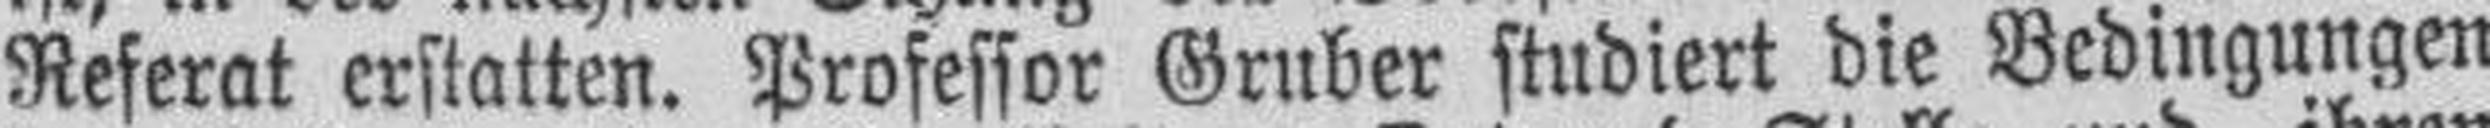
Referat erstatten. Professor Gruber studiert die Bedingungen